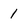
Character: 1